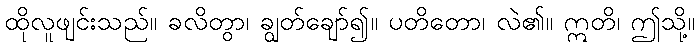
ထိုလူဖျင်းသည်။ ခလိတွာ၊ ချွတ်ချော်၍။ ပတိတော၊ လဲ၏။ ဣတိ၊ ဤသို့။